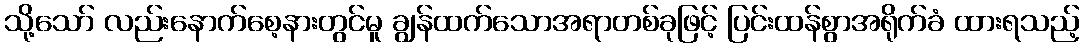
သို့သော် လည်းနောက်စေ့နားတွင်မူ ချွန်ထက်သောအရာတစ်ခုဖြင့် ပြင်းထန်စွာအရိုက်ခံ ထားရသည့်